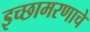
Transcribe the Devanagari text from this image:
इच्छामरणाचे